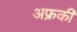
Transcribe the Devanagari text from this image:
अफ्रकी